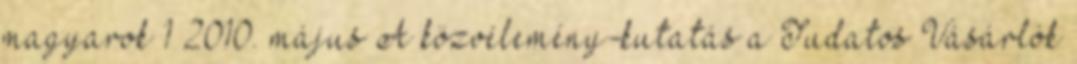
magyarok 1 2010. május A közvélemény-kutatás a Tudatos Vásárlók